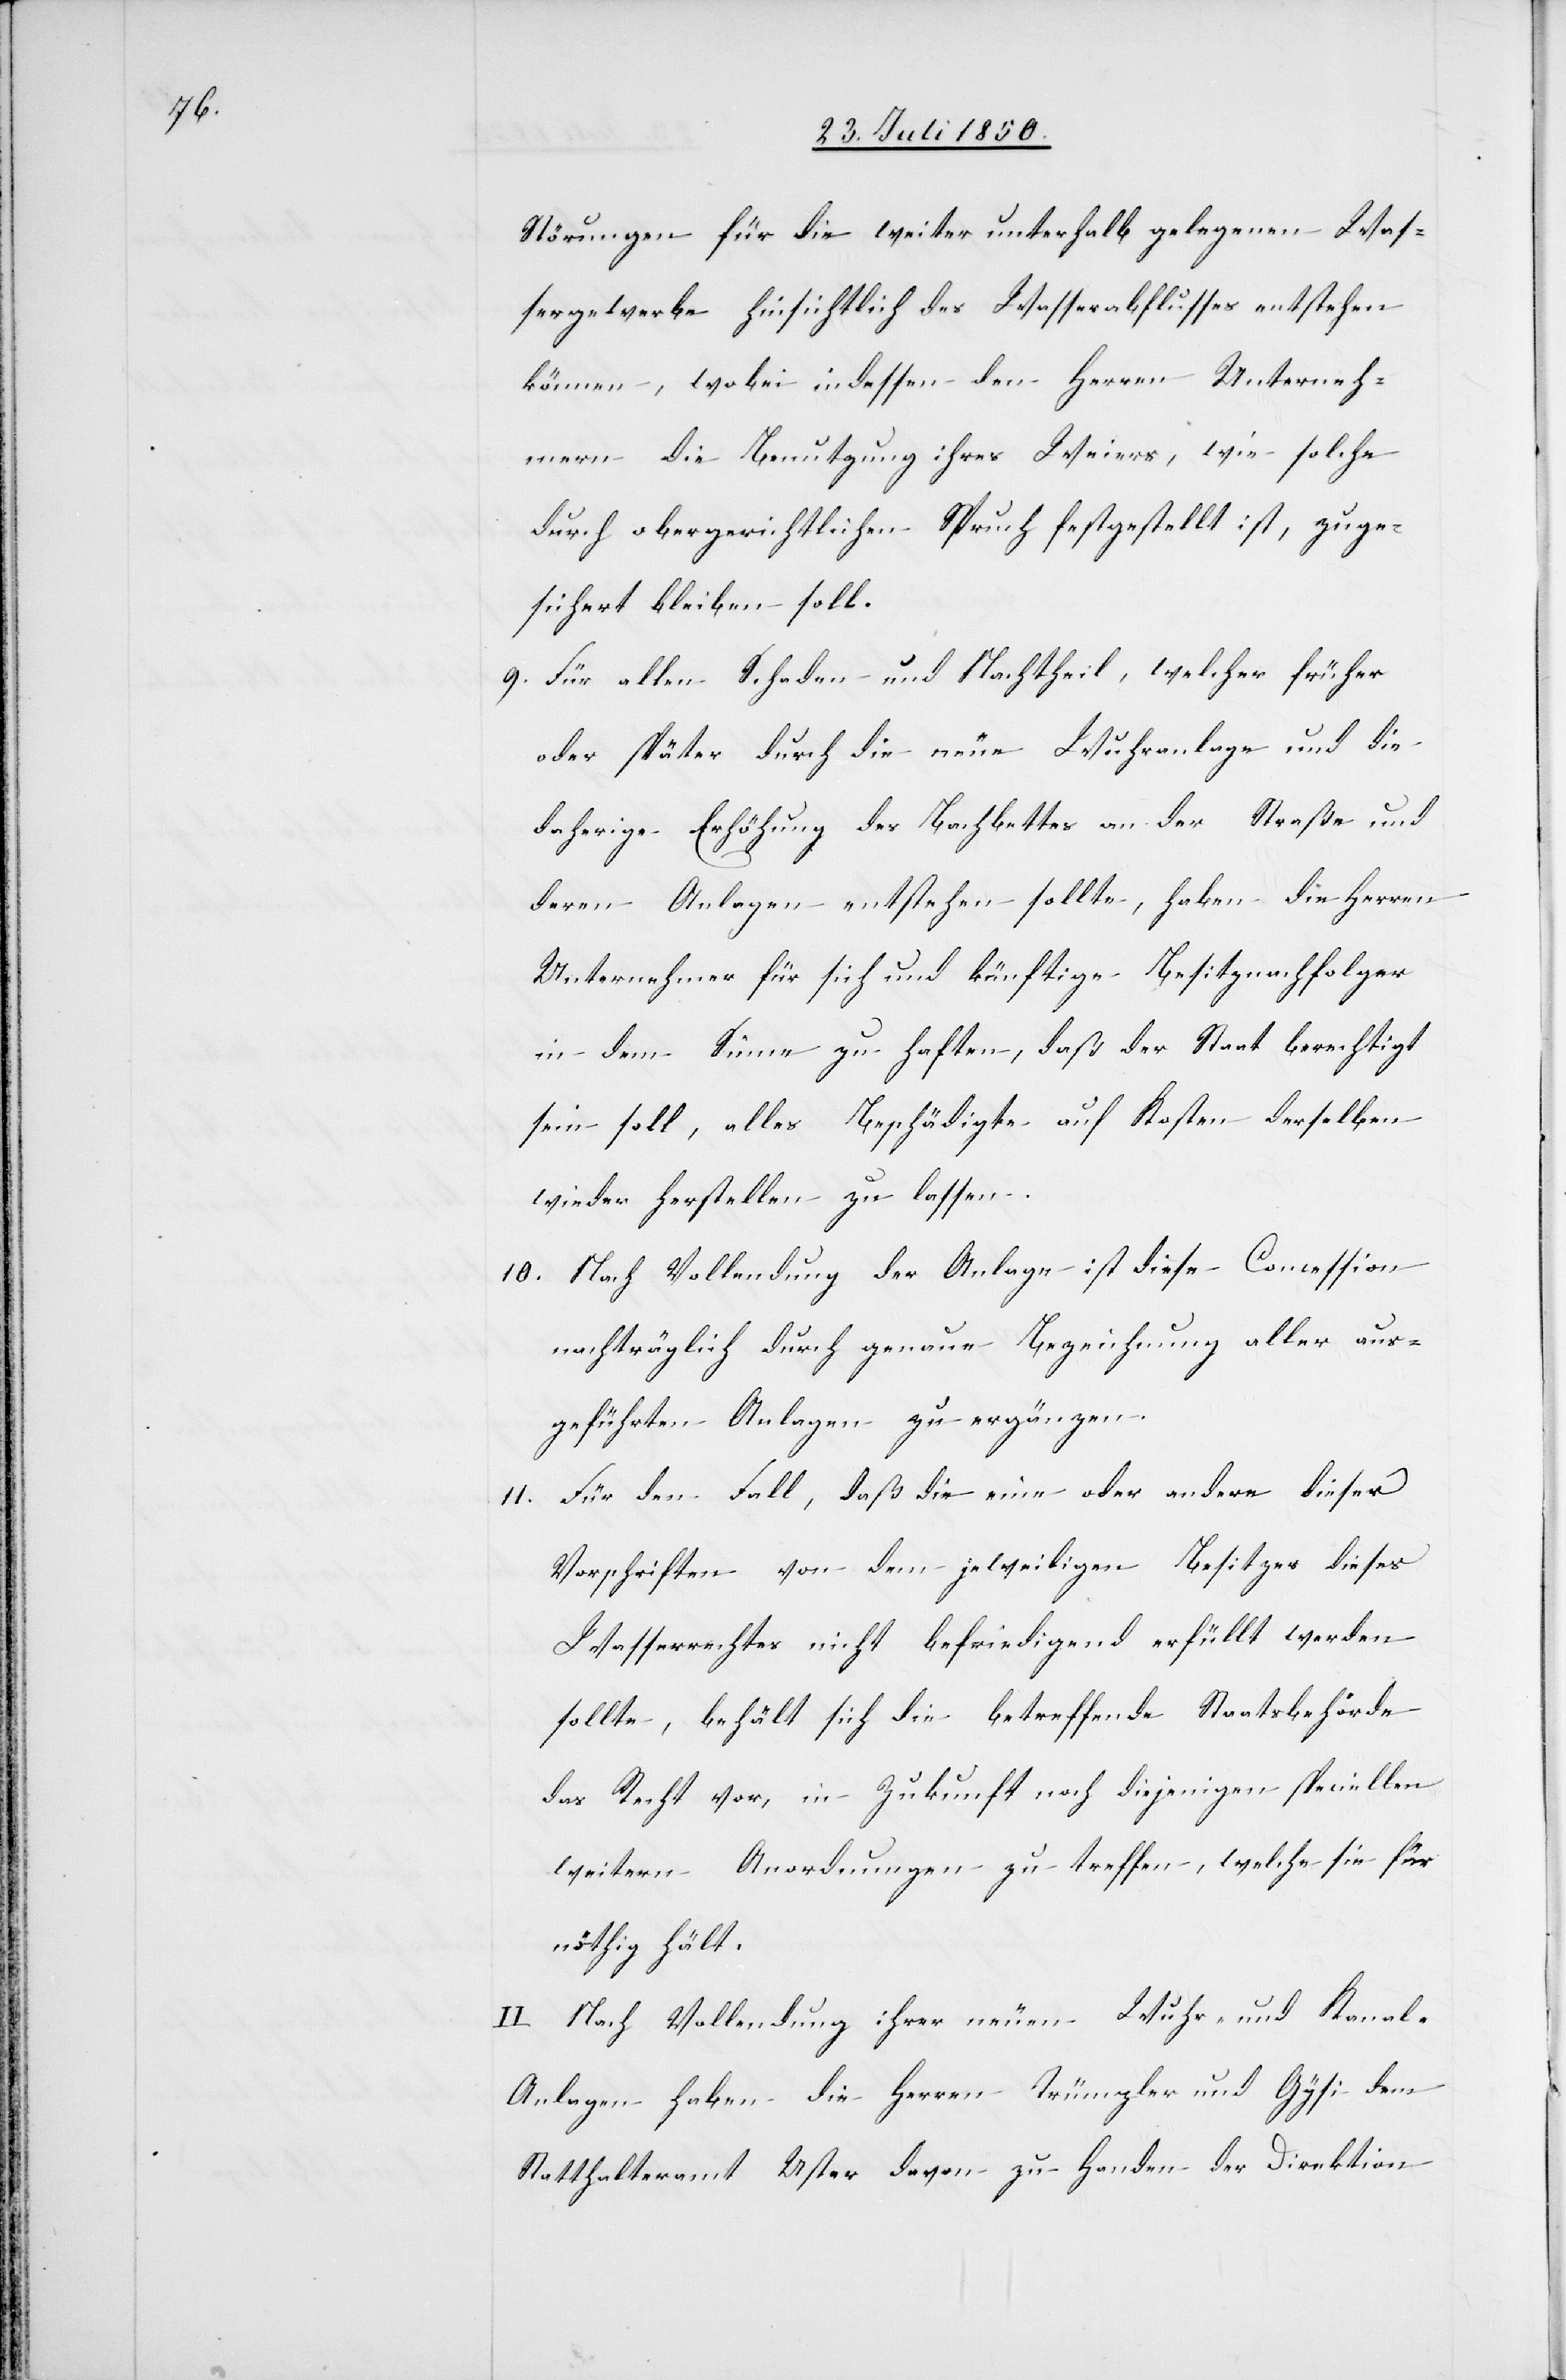
Störungen für die weiter unterhalb gelegenen Was¬
sergewerke hinsichtlich des Wasserabflusse entstehen
können, wobei indessen den Herren Unterneh¬
mern die Benutzung ihres Weiers, wie solche
durch obergerichtlichen Spruch festgestellt ist, zuge¬
sichert bleiben soll.
9. Für allen Schaden und Nachtheil, welcher früher
oder später durch die neue Wuhranlage und die
Unternehmer für sich und künftige Besitznachfolger
in dem Sinne zu haften, daß der Staat berechtigt
sein soll, alles Beschädigte auf Kosten derselben
wieder herstellen zu lassen.
10. Nach Vollendung der Anlage ist diese Concession
nachträglich durch genaue Bezeichnung aller aus¬
geführten Anlagen zu ergänzen.
11. Für den Fall, daß die eine oder andere dieser
Vorschriften von dem jeweiligen Besitzer dieses
Wasserrechtes nicht befriedigend erfüllt werden
sollte, behält sich die betreffende Staatsbehörde
das Recht vor, in Zukunft noch diejenigen speciellen
weitern Anordnungen zu treffen, welche sie für
nöthig hält.
II. Nach Vollendung ihrer neuen Wuhr- und Kanal-A¬
nlagen haben die Herren Trümpler und Gysi dem
Statthalteramt Uster davon zu Handen der Direktion